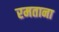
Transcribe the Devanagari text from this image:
रमताना